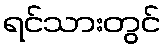
ရင်သားတွင်